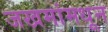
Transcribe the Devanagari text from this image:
जखमांमधून